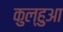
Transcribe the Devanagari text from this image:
कुल्हुआ